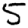
Digit: 5